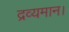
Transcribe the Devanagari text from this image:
द्रव्यमान।